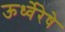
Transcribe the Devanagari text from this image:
ऊर्ध्वेरेषे